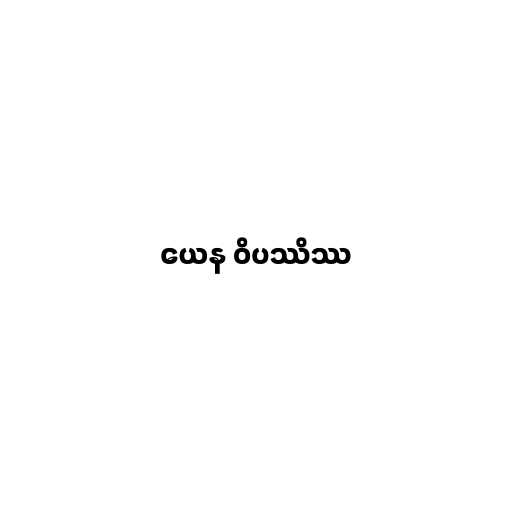
ယေန ဝိပဿိဿ